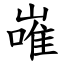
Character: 嶉